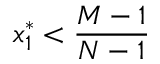
x _ { 1 } ^ { * } < \frac { M - 1 } { N - 1 }